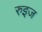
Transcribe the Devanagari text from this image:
रुइज